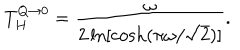
LaTeX: T _ { H } ^ { Q \to 0 } = { \frac { \omega } { 2 \ln [ \cosh ( \pi \omega / \sqrt 2 ) ] } } .